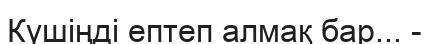
Күшіңді ептеп алмақ бар... -